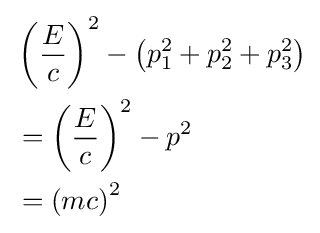
{\begin{aligned}&\left({\frac {E}{c}}\right)^{2}-\left(p_{1}^{2}+p_{2}^{2}+p_{3}^{2}\right)\\&=\left({\frac {E}{c}}\right)^{2}-p^{2}\\&=\left(mc\right)^{2}\end{aligned}}\,\!